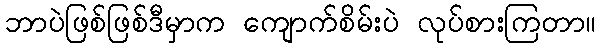
ဘာပဲဖြစ်ဖြစ်ဒီမှာက ကျောက်စိမ်းပဲ လုပ်စားကြတာ။